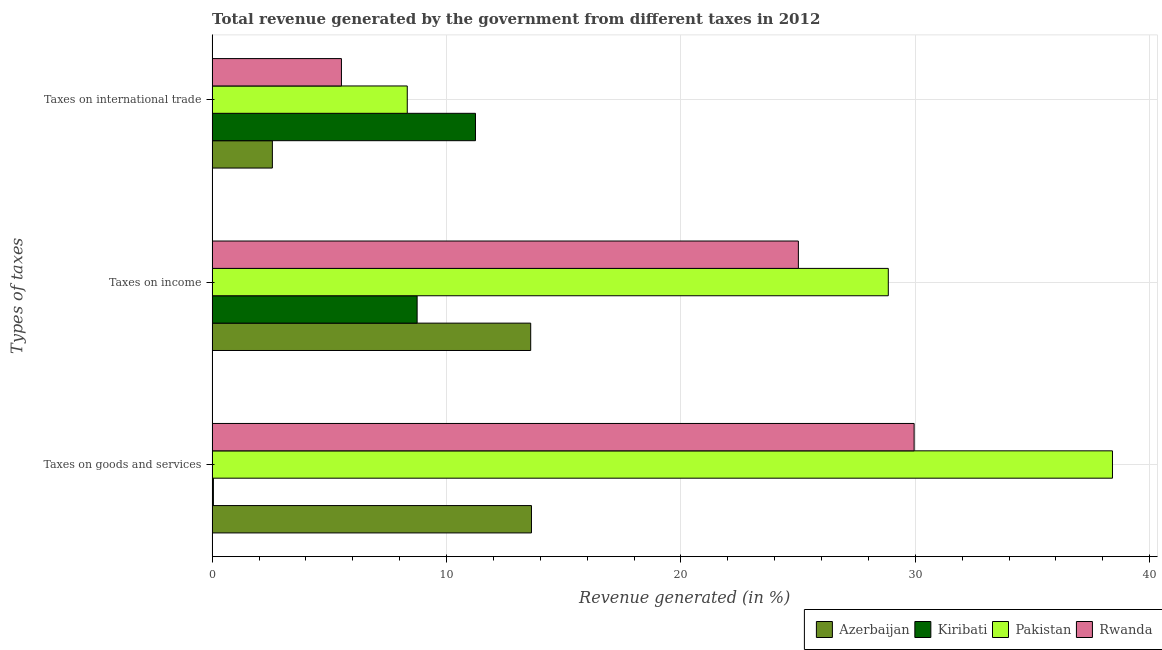
| Types of taxes | Azerbaijan | Kiribati | Pakistan | Rwanda |
 | --- | --- | --- | --- | --- |
 | Taxes on goods and services | 13.6 | 0.0539 | 38.4 | 30 |
 | Taxes on income | 13.6 | 8.75 | 28.8 | 25 |
 | Taxes on international trade | 2.57 | 11.2 | 8.33 | 5.52 |